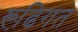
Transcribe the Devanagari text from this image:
रूढि़गत